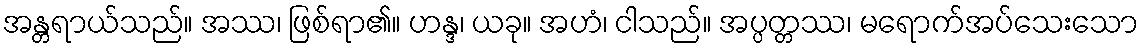
အန္တရာယ်သည်။ အဿ၊ ဖြစ်ရာ၏။ ဟန္ဒ၊ ယခု။ အဟံ၊ ငါသည်။ အပ္ပတ္တဿ၊ မရောက်အပ်သေးသော